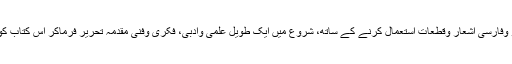
اور مزید یہ کہ حسب حال آیات قرآنیہ واحادیث نبویہ اور برمحل اردو وفارسی اشعار وقطعات استعمال کرنے کے ساتھ، شروع میں ایک طویل علمی وادبی، فکری وفنی مقدمہ تحریر فرماکر اس کتاب کو مخزن فکر وفن وگنجینہ علم وادب کا اک معلوماتی ذخیرہ بنادیا ہے ۔